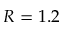
R = 1 . 2